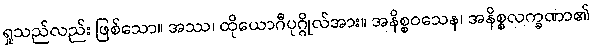
ရှုသည်လည်း ဖြစ်သော။ အဿ၊ ထိုယောဂီပုဂ္ဂိုလ်အား။ အနိစ္စဝသေန၊ အနိစ္စလက္ခဏာ၏